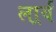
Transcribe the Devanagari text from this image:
लार्र्य